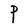
Character: P